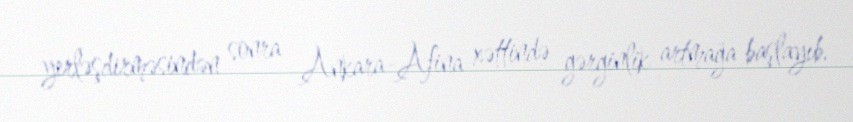
yerləşdirməsindən sonra Ankara-Afina xəttində gərginlik artmağa başlayıb.